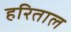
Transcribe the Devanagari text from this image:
हरिताल